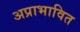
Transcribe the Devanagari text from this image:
अप्राभावित